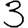
Digit: 3